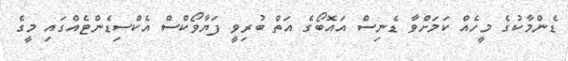
ޑެންމާކުގެ މީހެއް ކަމަށްވާ ޑެނިސް އައޮބޯގެ އަތް ބުރިވީ ފަޔާވޯކްސް އެކްސިޑެންޓެއްގައި މީގެ